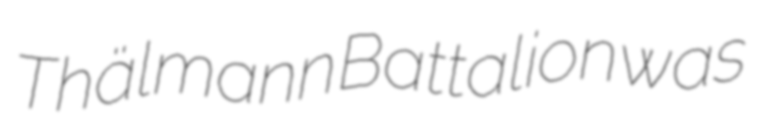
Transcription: Thälmann Battalion was